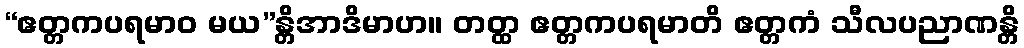
“ဧတ္တကပရမာဝ မယ”န္တိအာဒိမာဟ။ တတ္ထ ဧတ္တကပရမာတိ ဧတ္တကံ သီလပညာဏန္တိ